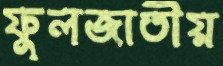
ফুলজাতীয়